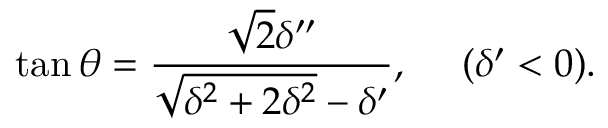
\tan \theta = { \frac { \sqrt 2 \delta ^ { \prime \prime } } { \sqrt { \delta ^ { 2 } + 2 \delta ^ { 2 } } - \delta ^ { \prime } } } , ~ ~ ~ ~ ( \delta ^ { \prime } < 0 ) .